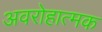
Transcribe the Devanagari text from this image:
अवरोहात्मक